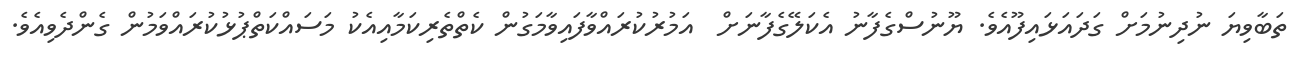
ތަބާވިޔަ ނުދިނުމަށް ގަދައަޅައިފޫއެވެ. ޔޫނުސްގެފާނު އެކަލޭގެފާނަށް  އަމުރުކުރައްވާފައިވާމަގުން ކެތްތެރިކަމާއިއެކު މަސައްކަތްޕުޅުކުރައްވަމުން ގެންދެވިއެވެ.